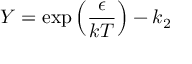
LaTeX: Y = \exp \left( { \frac { \epsilon } { k T } } \right) - k _ { 2 }